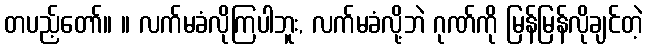
တပည့်တော်။ ။ လက်မခံလိုကြပါဘူး, လက်မခံလို့ဘဲ ဂုဏ်ကို မြန်မြန်လိုချင်တဲ့